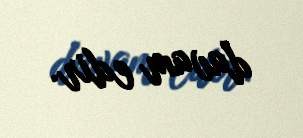
davam edir.